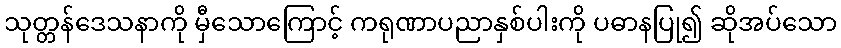
သုတ္တန်ဒေသနာကို မှီသောကြောင့် ကရုဏာပညာနှစ်ပါးကို ပဓာနပြု၍ ဆိုအပ်သော